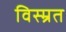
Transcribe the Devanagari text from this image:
विस्म्रत